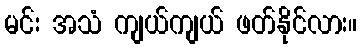
မင်း အသံ ကျယ်ကျယ် ဖတ်နိုင်လား။